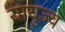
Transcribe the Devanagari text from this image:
यायुज्य